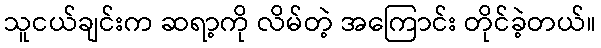
သူငယ်ချင်းက ဆရာ့ကို လိမ်တဲ့ အကြောင်း တိုင်ခဲ့တယ်။